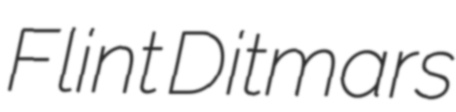
Flint Ditmars